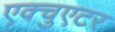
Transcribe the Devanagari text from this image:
एक्चुएटर